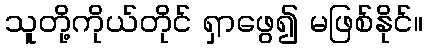
သူတို့ကိုယ်တိုင် ရှာဖွေ၍ မဖြစ်နိုင်။